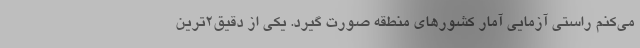
می‌کنم راستی آزمایی آمار کشورهای منطقه صورت گیرد. یکی از دقیق2ترین